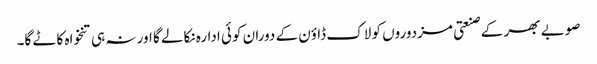
صوبے بھر کے صنعتی مزدوروں کو لاک ڈاؤن کے دوران کوئی ادارہ نکالے گا اور نہ ہی تنخواہ کاٹے گا۔